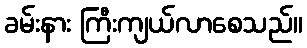
ခမ်းနား ကြီးကျယ်လာစေသည်။